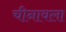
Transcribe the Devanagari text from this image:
चीनावला